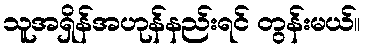
သူအရှိန်အဟုန်နည်းရင် တွန်းမယ်။